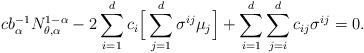
LaTeX: \begin{align*}c b_\alpha^{-1} N_{\theta,\alpha}^{1-\alpha} -2\sum\limits_{i=1}^{d} c_i \Big[ \sum\limits_{j=1}^d \sigma^{ij}\mu_j\Big]+ \sum\limits_{i=1}^d\sum\limits_{j=i}^d c_{ij}\sigma^{ij} =0.\end{align*}